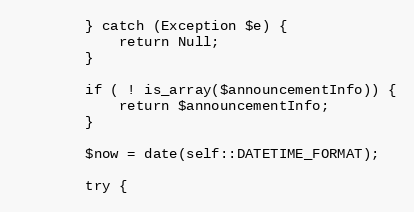
Language: PHP
        } catch (Exception $e) {
            return Null;
        }

        if ( ! is_array($announcementInfo)) {
            return $announcementInfo;
        }

        $now = date(self::DATETIME_FORMAT);

        try {